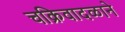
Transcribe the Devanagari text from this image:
चक्रिवादळाने